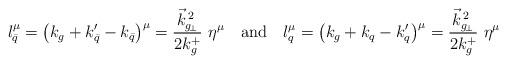
LaTeX: \begin{align*}l_{\bar q} ^\mu = \left(k_g + k_{\bar q}^\prime - k_{\bar q}\right) ^\mu = {\vec k _{g_{\!\perp}} ^{\,2}\over 2k_g^+}\ \eta ^\mu \quad{\rm and}\quad l^\mu_q = \left(k_g + k_q - k_q^\prime\right) ^\mu = {\vec k _{g_{\!\perp}} ^{\,2}\over 2k_g^+}\ \eta ^\mu\end{align*}